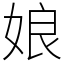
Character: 娘